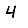
Digit: 4